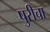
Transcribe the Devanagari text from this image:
पुरीचा